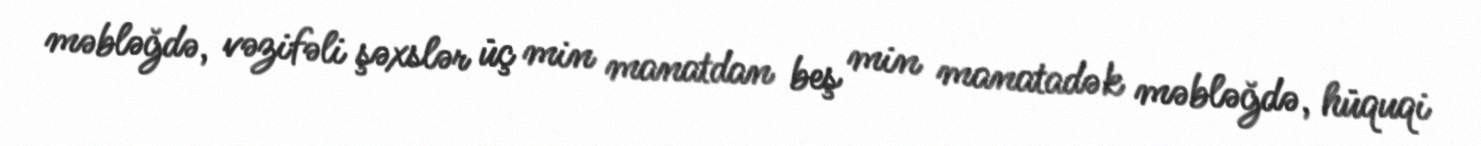
məbləğdə, vəzifəli şəxslər üç min manatdan beş min manatadək məbləğdə, hüquqi